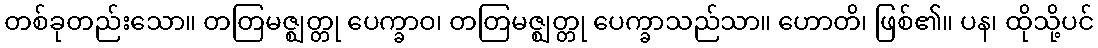
တစ်ခုတည်းသော။ တတြမဇ္ဈတ္တု ပေက္ခာဝ၊ တတြမဇ္ဈတ္တု ပေက္ခာသည်သာ။ ဟောတိ၊ ဖြစ်၏။ ပန၊ ထိုသို့ပင်